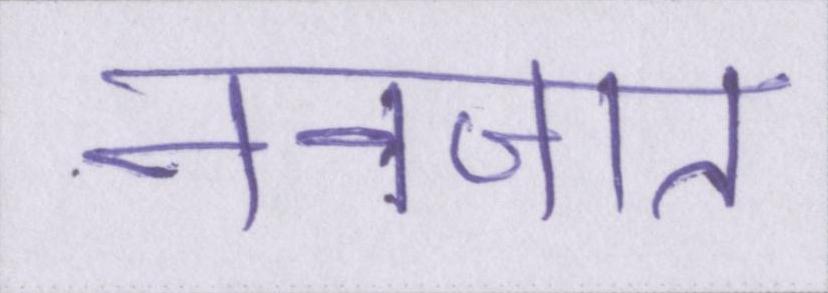
नवजात